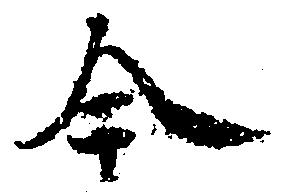
今